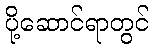
ပို့ဆောင်ရာတွင်